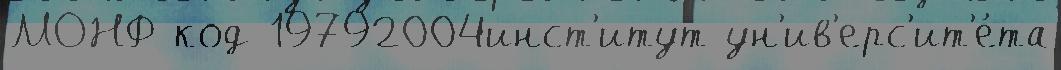
МОНФ код 19792004инст'итут ун'ив'ерс'ит'е́та